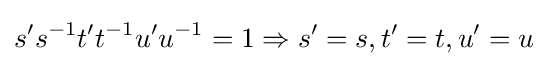
s's^{-1}t't^{-1}u'u^{-1}=1\Rightarrow s'=s,t'=t,u'=u